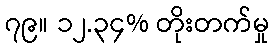
၇၉။ ၁၂.၃၄% တိုးတက်မှု